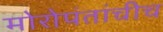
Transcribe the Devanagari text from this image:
मोरोपंतांचीच